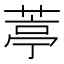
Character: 葶